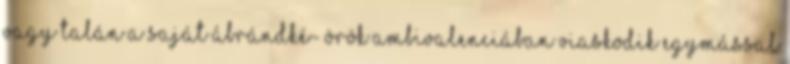
Vagy talán a saját ábrándké- Örök ambivalenciában viaskodik egymással